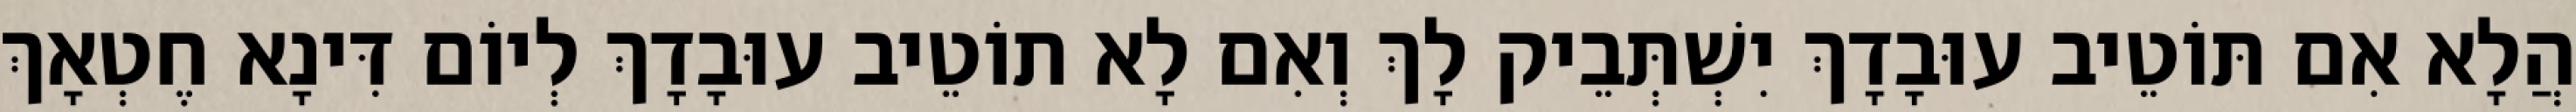
הֲלָא אִם תּוֹטֵיב עוּבָדָךְ יִשְׁתְּבֵיק לָךְ וְאִם לָא תוֹטֵיב עוּבָדָךְ לְיוֹם דִּינָא חֶטְאָךְ